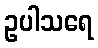
ဥပါသရေ